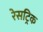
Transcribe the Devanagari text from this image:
रेसट्रिक